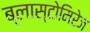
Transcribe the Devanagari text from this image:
ब्लास्टोमिरेज